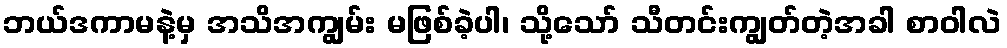
ဘယ်ဒကာမနဲ့မှ အသိအကျွမ်း မဖြစ်ခဲ့ပါ၊ သို့သော် သီတင်းကျွတ်တဲ့အခါ စာဝါလဲ